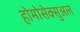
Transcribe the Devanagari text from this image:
होमोसेक्सुअल